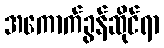
အကောက်ခွန်ဆိုင်ရာ